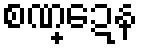
စဏ္ဍေန